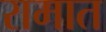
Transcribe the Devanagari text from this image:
रामात